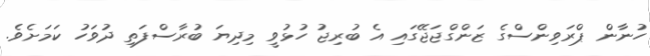
ހުނާން ޕްރަވިންސްގެ ޒަންގްޖަޖޭގައި އެ ބުރިޖު ހުޅުވީ މިދިޔަ ބުރާސްފަތި ދުވަހު ކަމަށެވެ.